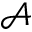
\mathcal { A }